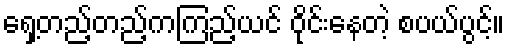
ရှေ့တည့်တည့်ကကြည့်ယင် ဝိုင်းနေတဲ့ စပယ်ပွင့်။